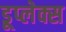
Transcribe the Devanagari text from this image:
डूप्लेक्स